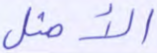
الأمثل